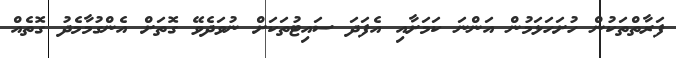
ފަރާތްތަކުން ހުށަހަޅަމުން އަންނަ ކަމަށާއި އެފަދަ ސައިޓުތަކަށް ނުވަދެވޭ ގޮތަށް އެންގުމާމެދު ގޮތެއް